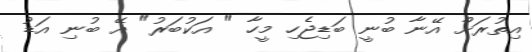
އިތުރަށް އޭނާ ބުނީ ބަޑިޖެހި މީހާ " އަކުބަރު" އޭ ބުނި އަޑު